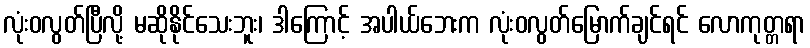
လုံးဝလွတ်ပြီလို့ မဆိုနိုင်သေးဘူး၊ ဒါကြောင့် အပါယ်ဘေးက လုံးဝလွတ်မြောက်ချင်ရင် လောကုတ္တရာ